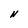
Character: N